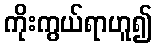
ကိုးကွယ်ရာဟူ၍